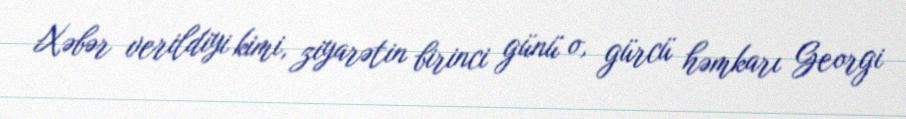
Xəbər verildiyi kimi, ziyarətin birinci günü o, gürcü həmkarı Georgi